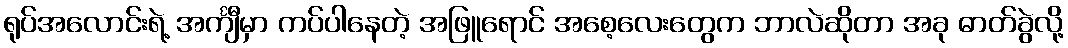
ရုပ်အလောင်းရဲ့ အင်္ကျီမှာ ကပ်ပါနေတဲ့ အဖြူရောင် အစေ့လေးတွေက ဘာလဲဆိုတာ အခု ဓာတ်ခွဲလို့